Report on sanitation, dispensaries, and jails in Rajputana for 1912, and on vaccination for the year 1912-1913 - 1912-1913
Year: 1912
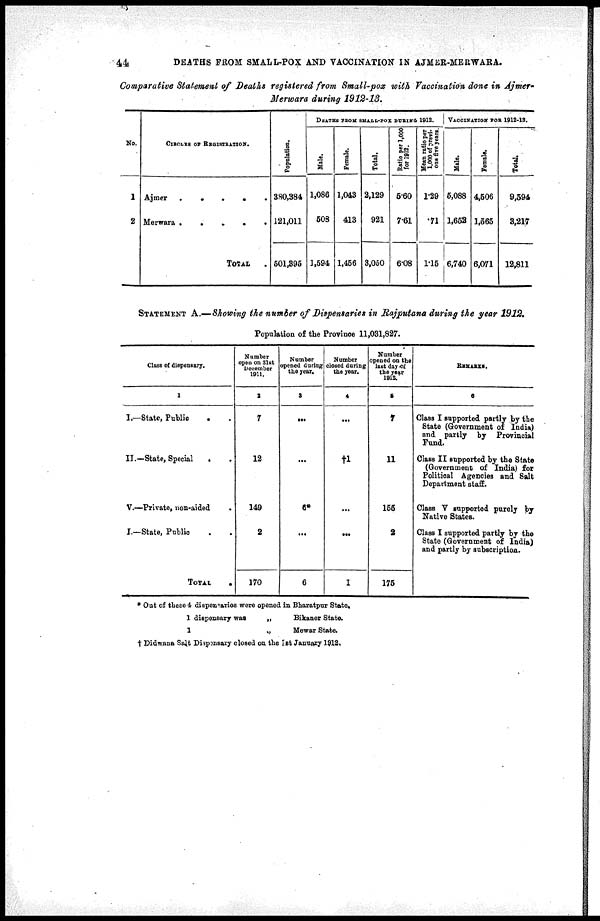
44
DEATHS FROM SMALL-POX AND VACCINATION IN AJMER-MERWARA.
Comparative Statement of Deaths registered from Small-pox with Vaccination done in Ajmer¬
Merwara during 1912-13.
No.
1
2
CIRCLES OF REGISTRATION.
Ajmer
.
.
.
.
.
.
Merwara . . . . . .
TOTAL .
Population.
380,384
121,011
501,395
DEATHS FROM SMALL-POX DURIGN 1912.
Male.
1,088
508
1,594
Female.
1,043
413
1,456
Total.
2,129
921
3,050
Ratio per 1,000
for 1912.
5.60
7.61
6.08
Mean ratio per
1,000 of previ-
ous five years.
1.29
.71
1.15
VACCINATION FOR 1912-13.
Male.
5,088
1,652
6,740
Female.
4,506
1,565
6,071
Total.
9,594
3,217
12,811
STATEMENT A.—Showing the number of Dispensaries in Rajputana during the year 1912.
Population of the Province 11,031,827.
Class of dispensary.
1
I.—State, Public . . .
II.—State, Special . . .
V.—Private, non-aided .
I.—State, Public
TOTAL .
Number
open on 31st
December
1911.
3
7
12
149
2
170
Number
opened during
the year.
3
...
...
6*
...
6
Number
closed during
the year.
4
...
†1
...
...
1
Number
opened on the
last day of
the year
1912.
5
7
11
155
2
175
REMARKS.
6
Class I supported partly by the
State (Government of India)
and partly by Provincial
Fund.
Class II supported by the State
(Government of India) for
Political Agencies and Salt
Department staff.
Class V supported purely by
Native States.
Class I supported partly by the
State (Government of India)
and partly by subscription.
* Out of these 4 dispensaries were opened in Bharatpur State.
1 dispensary was
„
Bikaner State.
1
„
Mewar State.
† Didwana Salt Dispensary closed on the 1st January 1912.